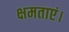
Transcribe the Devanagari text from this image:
क्षमताएं।